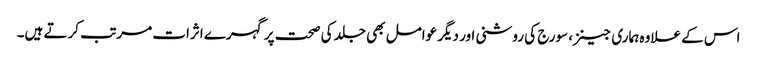
اس کے علاوہ ہماری جینز، سورج کی روشنی اور دیگر عوامل بھی جلد کی صحت پر گہرے اثرات مرتب کرتے ہیں۔